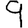
Digit: 9